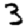
Digit: 3